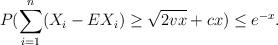
LaTeX: \begin{align*}P(\sum_{i=1}^n (X_i-EX_i) \geq \sqrt{2vx}+cx)\leq e^{-x}.\end{align*}